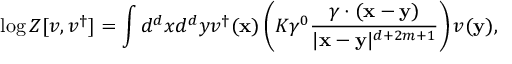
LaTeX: \log Z [ { v } , { v } ^ { \dagger } ] = \int d ^ { d } { x } d ^ { d } { y } { v } ^ { \dagger } ( { \mathbf { x } } ) \left( K \gamma ^ { 0 } \frac { \gamma \cdot ( { \mathbf { x } } - { \mathbf { y } } ) } { | { \mathbf { x } } - { \mathbf { y } } | ^ { d + 2 m + 1 } } \right) { v } ( { \mathbf { y } } ) ,